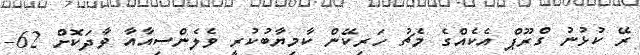
ރޭ ކުޅުނު ގްރޫޕް އެކެއްގެ މެޗު ހަރިކޭން ކާމިޔާބުކުރީ ވެލެންސިއާއާ ވާދަކޮށް 62-